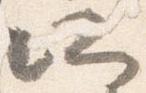
所